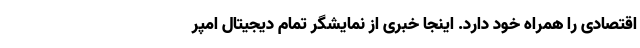
اقتصادی را همراه خود دارد. اینجا خبری از نمایشگر تمام دیجیتال امپر